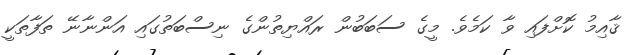
ޤާއިމު ކޮށްފައި ވާ ކަމެވެ. މީގެ ސަބަބުން ރައްޔިތުންގެ ނިސްބަތުގައި އަންނާނޭ ތަފާތަކީ